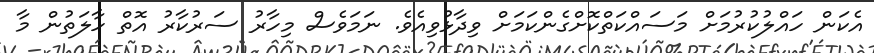
އެކަން ހައްލުކުރުމަށް މަސައްކަތްކޮށްގެންކަމަށް ވިދާޅުވިއެވެ. ނަމަވެސް މިހާރު ސަރުކާރު އޮތް ހާލަތުން މާ